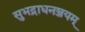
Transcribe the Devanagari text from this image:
सुभद्राधनञ्जयम्